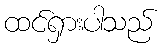
ထင်ရှားပါသည်